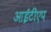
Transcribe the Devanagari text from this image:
आईटीएप